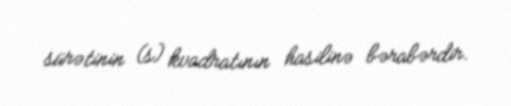
sürətinin (s) kvadratının hasilinə bərabərdir.